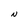
Character: N